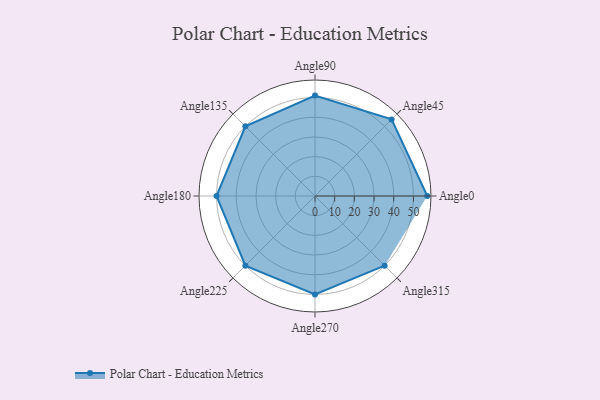
{"axis": {"x": "Angle", "y": "Radius"}, "legend": [""], "data": [{"x": "Angle0", "y": 57.0, "type": ""}, {"x": "Angle45", "y": 55.0, "type": ""}, {"x": "Angle90", "y": 51.0, "type": ""}, {"x": "Angle135", "y": 50, "type": ""}, {"x": "Angle180", "y": 50, "type": ""}, {"x": "Angle225", "y": 50, "type": ""}, {"x": "Angle270", "y": 50, "type": ""}, {"x": "Angle315", "y": 50, "type": ""}]}